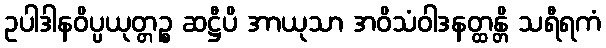
ဥပါဒါနဝိပ္ပယုတ္တဉ္စ ဆဋ္ဌီပိ အာယုသာ အဝိသံဝါဒနတ္ထန္တိ သရီရကံ